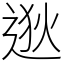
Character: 逖